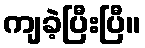
ကျခဲ့ပြီးပြီ။